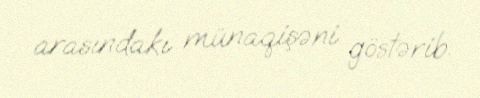
arasındakı münaqişəni göstərib.